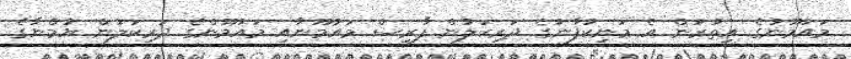
މައުމޫނުގެ އިތުރުން އެ މަނިކުފާނުގެ ދަރިކަލުން ފާރިސް މައުމޫނާއި މައުމޫންގެ ދަރިކަލުން ޔުމްނާގެ